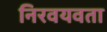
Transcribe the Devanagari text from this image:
निरवयवता